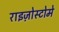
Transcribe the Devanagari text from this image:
राइज़ोस्टोमे